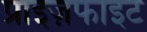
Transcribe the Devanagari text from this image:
प्राइज़फाइट